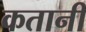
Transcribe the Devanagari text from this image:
कतानी